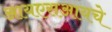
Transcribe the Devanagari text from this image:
आयएसआयचे